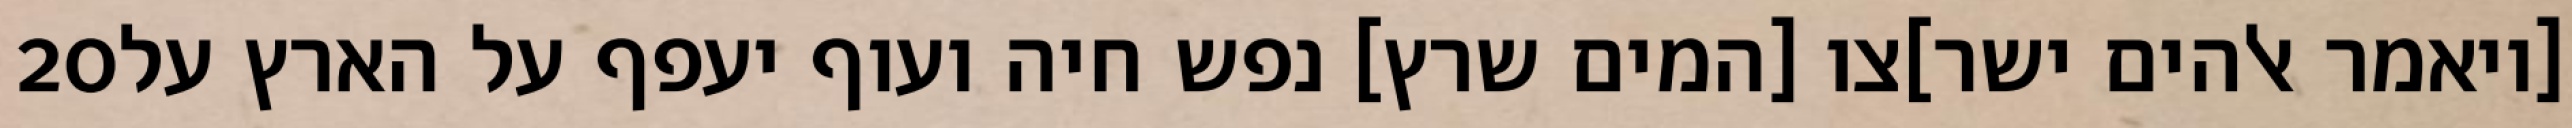
‎20‏ [ויאמר אלהים ישר]צו [המים שרץ] נפש חיה ועוף יעפף על הארץ על